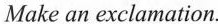
Make an exclamation.